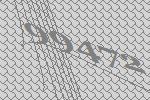
99472